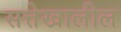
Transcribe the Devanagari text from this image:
सत्तेखालील